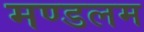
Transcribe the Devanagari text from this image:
मण्डलम